system: You are a helpful assistant.
user:
Analyze the provided spectrum to determine if it is a **S-type Star**.

- **Key Indicators for S-type Star:**

    - **(Overall Spectrum Shape):** The first and most obvious characteristic is the overall continuum (the "baseline" shape). It is **extremely "red-sloping,"** meaning the flux (light intensity) is very low on the left side (blue, ~4000-4500 Å) and rises steeply and continuously toward the right side (red, ~7000 Å+).

    - **(Primary):** The spectrum is defined by the presence of strong, broad molecular absorption "valleys" (bands) from **Zirconium Oxide (ZrO)**. The identification of these bands is the **primary requirement** for classifying a star as S-type.
        - **(Key Bandheads):** You must find distinct, deep "dips" where the light has been absorbed. The most critical band systems to locate are:
            - **~6474 Å** ($\gamma$-system): This is often the strongest and clearest ZrO feature, found in the red part of the spectrum.
            - **~5718 Å** & **~5551 Å** ($\beta$-system): A pair of prominent absorption features in the yellow-orange part of the spectrum.
            - **~4640 Å** ($\alpha$-system): A key absorption band system in the blue-green region of the spectrum.

    - **(Secondary Confirmation):** The classification is strengthened by finding additional absorption bands from other related heavy element oxides, which are expected to be present alongside ZrO.
        - **(Key Bandheads):**
            - **Yttrium Oxide (YO):** Look for absorption dips near **~4800 Å** and **~6100 Å**.
            - **Lanthanum Oxide (LaO):** Additional absorption features, particularly in the red-orange part of the spectrum, are also characteristic.

    - **(Line Profile):** The combination of the steep red continuum and these numerous, deep molecular bands (ZrO, YO, etc.) gives the entire spectrum a very **"chopped-up"** or **"bumpy"** appearance. Instead of a smooth curve, the spectrum looks as though large, wide chunks of light have been "carved out" of it at the specific wavelengths listed above.

Think first, call **spectral_visualization_tool** if needed to examine features in detail, then provide your final answer. Your response must adhere to the following strict rules:
1.  **Overall Structure:** Your response must follow the format `<think>...</think> <tool_call>...</tool_call> (if a tool is used) <answer>...</answer>`.
2.  **Tool Usage Constraint:** You may only make **one** tool call per turn.
3.  **Final Answer Format:** In the `<answer>` tag, your conclusion must be inside a `\boxed{}` command (e.g., `\boxed{YES}` or `\boxed{NO}`), followed by your justification.

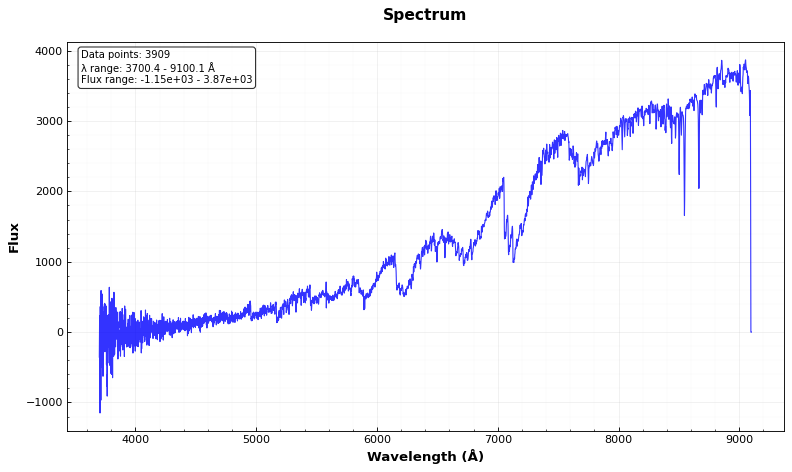
Answer: YES